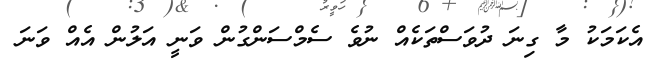
އެކަމަކު މާ ގިނަ ދުވަސްތަކެއް ނުވެ ސެމްސަންގުން ވަނީ އަލުން އެއް ވަނަ